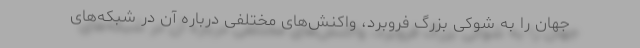
جهان را به شوکی بزرگ فروبرد، واکنش‌های مختلفی درباره آن در شبکه‌های